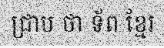
ជ្រាប ថា ទ័ព ខ្មែរ